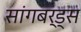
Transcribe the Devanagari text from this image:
सांगबर्ड्स